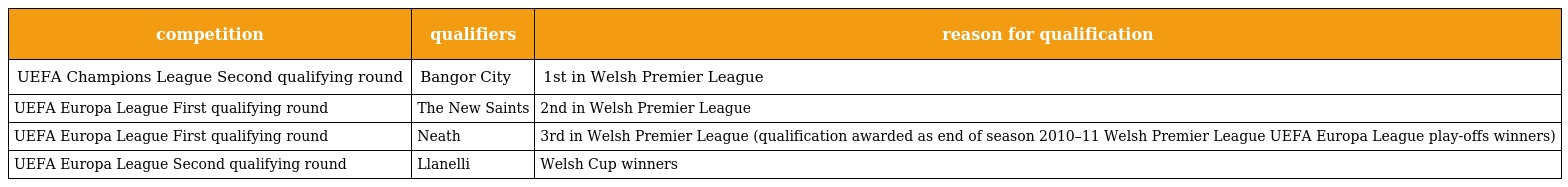
| competition | qualifiers | reason for qualification |
 | --- | --- | --- |
 | UEFA Champions League Second qualifying round | Bangor City | 1st in Welsh Premier League |
 | UEFA Europa League First qualifying round | The New Saints | 2nd in Welsh Premier League |
 | UEFA Europa League First qualifying round | Neath | 3rd in Welsh Premier League (qualification awarded as end of season 2010–11 Welsh Premier League UEFA Europa League play-offs winners) |
 | UEFA Europa League Second qualifying round | Llanelli | Welsh Cup winners |